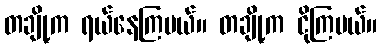
တချို့က ရယ်နေကြမယ်။ တချို့က ငိုကြမယ်။